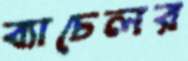
ব্যাচেলর